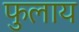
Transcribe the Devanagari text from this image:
फुलाय